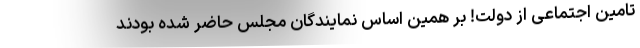
تامین اجتماعی از دولت! بر همین اساس نمایندگان مجلس حاضر شده بودند